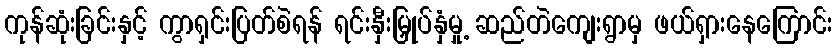
ကုန်ဆုံးခြင်းနှင့် ကွာရှင်းပြတ်စဲရန် ရင်းနှီးမြှုပ်နှံမှု့ ဆည်တဲကျေးရွာမှ ဖယ်ရှားနေကြောင်း